Lunatic asylums Punjab 1868-1880 - 1868-1880
Year: 1868
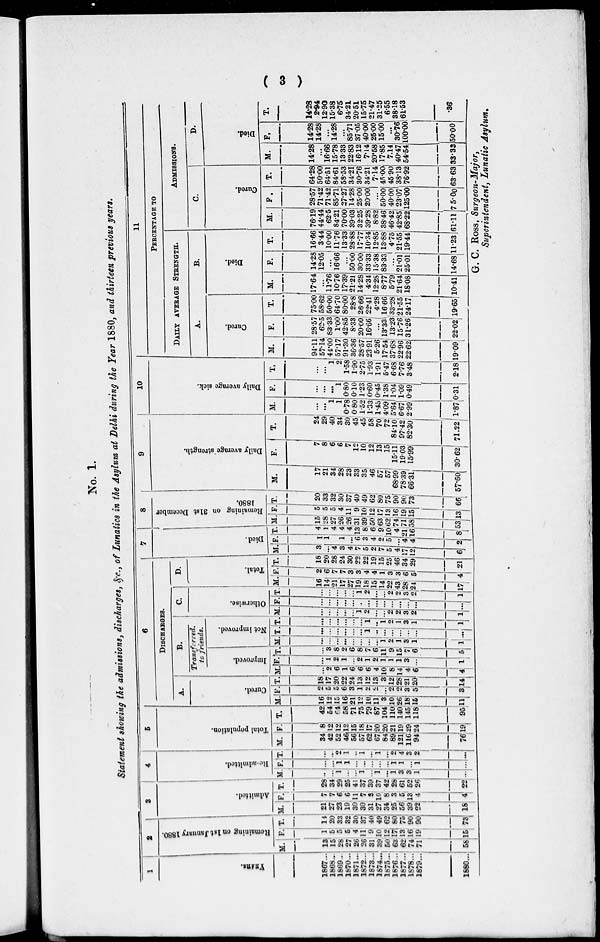
( 3 )
No. 1.
Statement showing the admissions, discharges, &c., of Lunatics in the Asylum at Delhi during the Year 1880, and thirteen previous
years.
1
YEARS.
1867...
1868...
1869...
1870...
1871...
1872...
1873...
1874...
1875...
1876...
1877...
1878...
1879...
1880...
2
Remaining on 1st January 1880.
M.
13
15
28
27
26
26
31
39
50
63
62
74
71
58
F.
1
5
5
5
4
11
9
10
12
17
13
16
19
15
T.
14
20
33
32
30
37
40
49
62
80
75
90
90
73
3
Admitted.
M.
21
27
23
19
30
30
31
27
34
25
56
39
22
18
F.
7
7
6
6
11
7
3
10
8
3
5
13
4
4
T.
28
34
29
25
41
37
39
37
42
28
61
52
26
22
4
Re-admitted.
M.
...
...
1
...
...
1
...
1
...
1
3
3
1
...
F.
...
...
1
1
...
...
...
...
...
1
1
...
1
...
T.
...
...
2
1
...
1
...
1
...
2
4
3
2
...
5
Total population.
M.
34
42
52
46
56
57
62
67
84
89
121
116
94
76
F.
8
12
12
12
15
18
17
20
20
21
19
29
24
19
T.
42
54
64
58
71
75
79
87
104
110
140
145
118
95
6
DISCHARGES.
A.
Cured.
M.
16
12
15
16
21
12
10
11
3
10
26
18
15
11
F.
2
5
5
6
3
1
2
2
...
2
2
3
5
3
T.
18
17
20
22
24
13
12
13
3
12
28
21 20
14
B. Transferred.
to friends.
Improved.
M.
...
2
6
1
6
6
6
4
10
8
14
4
6
4
F.
...
1
2
1
...
2
1
2
1
1
1
3
...
1
T.
...
3
8
2
6
8
7
6
11
9
15
7
6
5
Not improved.
M.
...
...
...
...
...
...
...
...
1
2
1
3
1
1
T.
...
...
...
...
...
...
1 1
...
...
...
...
...
...
T.
...
...
...
...
...
...
1
...
1
2
1
3
1
1
C.
Otherwise.
M.
...
...
...
...
...
1
2
...
...
2
2
3
2
1
F.
...
...
...
...
...
...
...
...
...
...
...
...
...
...
T.
...
...
...
...
...
1
2
...
...
2
2
3
2
1
D.
Total.
M.
16
14
21
17
27
19
18
15
14
22
43
28
24
17
F.
1
6
7
7
3
3
4
4
1
3
3
6
5
4
T.
18
20
28
24
30
22
22
19
15
25
46
34
29
21
7
Died.
M.
3
...
4
3
4
7
5
2
7
5
4
17
12
6
F.
1
1
1
...
6
3
4
2
5
...
4
4
2
T.
4
1
4
4
4
13
8
6
9
10
4
21
16
8
8
Remaining on 31st December
1880.
M.
15 28
27
26
26
31
39
50
63
62
74
71
58
53
F.
5
5
5
4
11 9
10
12
17
13
16
19
15
13
T.
20
33
32
30
37
40
49
62
80
75
90
90
73
66
9
Daily average strength.
M.
17
21
34
28
23
33
35
46
57
57
68.99
78.39
66.31
57.60
F.
7
8
6
6
7
12
10
12
13
15
15.11
19.03
15.99
30.62
T.
24
29
40
34
30
45
45
58
70
72
84.10
97.42
82.30
71.22
10
Daily average sick.
M.
...
...
1
1
0.78
0.80
1.52
1.33
1.45
4.09
5.64
6.67
2.99
1.87
F.
...
...
...
1
0.80
0.10
1.23
0.60
0.45
1.38
1.04
1.09
0.49
0.31
T.
...
...
1
2
1.58
1.90
2.75
1.93
1.91
5.47
6.68
7.76
3.48
2.18
11
PERCENTAGE TO
DAILY AVERAGE STRENGTH.
A.
Cured.
M.
94.11
57.14
44.00
57.17
91.30
36.36
28.57
23.91
5.26
17.54
37.68
22.96
22.62
19.09
F.
28.57
62.5
83.33
1.00
42.85
8.33
20.00
16.66
...
13.33
13.23
15.76
31.26
22.02
T.
75.00
58.62
50.00
64.70
80.00
28.8
26.66
22.41
4.28
16.66
33.28
21.55
24.17
19.65
B.
Died.
M.
17.64
...
11.76
10.76
17.39
21.21
14.28
4.34
12.28
8.77
5.79
21.64
18.08
10.41
F.
14.28
12.05
...
16.66
...
50.00
30.00
33.33
15.38
83.33
... 21.01
25.01
14.68
T.
16.66
3.44
10.00
11.76
13.33
28.88
17.77
10.34
12.85
13.88
4.75
21.55
19.44
11.23
ADMISSIONS.
C.
Cured.
M.
76.19
44.44
62.5
84.21
70.00
39.03
32.25
39.28
8.82
38.46
46.42
42.85
68.22
61.11
F.
28.57
71.42
71.42
85.71
27.27
14.28
25.00
20.00
...
50.00
40.00
23.07
125.00
75.00
T.
64.28
50.00
64.51
84.61
58.53
34.21
30.76
34.21
7.14
45.00
45.90
38.13
76.92
63.63
D.
Died.
M.
14.28
...
16.66
15.78
13.33
22.83
16.12
7.14
20.58
17.85
7.14
40.47
54.54
33.33
F.
14.28
14.28
...
14.28
...
85.71
37.05
40.00
25.00
15.00
...
30.76
100.00
50.00
T.
14.28
2.94
12.90
15.38
6.75
34.21
20.51
15.75
21.47
31.25
6.55
38.18
61.53
.36
G. C. Ross, Surgeon-Major,
Superintendent, Lunatic Asylum.